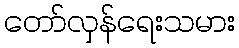
တော်လှန်ရေးသမား